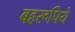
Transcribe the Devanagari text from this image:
बहरूपिये